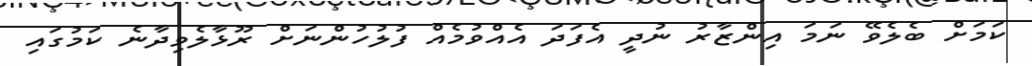
ކަމަށް ބެލެވޭ ނަމަ އިންޒާރު ނުދީ އެފަދަ އެއްވުމެއް ފުލުހުންނަށް ރޫޅާލެވިދާނެ ކަމުގައި